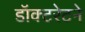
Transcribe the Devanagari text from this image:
डॉक्टरेटने